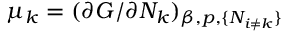
\mu _ { k } = ( \partial G / \partial N _ { k } ) _ { \beta , p , \{ N _ { i \neq k } \} }